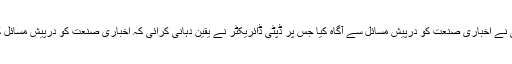
گلگت بلتستان نیوز پیپرز سوسائٹی نے اخباری صنعت کو درپیش مسائل سے آگاہ کیا جس پر ڈپٹی ڈائریکٹر نے یقین دہانی کرائی کہ اخباری صنعت کو درپیش مسائل کو جلد از جلد حل کئے جائیں گے۔